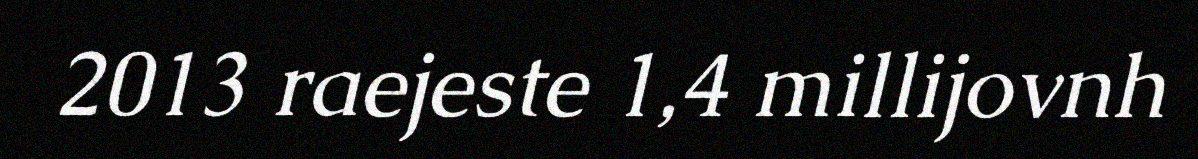
2013 raejeste 1,4 millijovnh